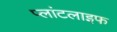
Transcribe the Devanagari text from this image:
प्लांटलाइफ